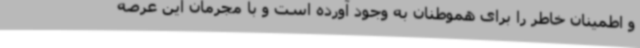
و اطمینان خاطر را برای هموطنان به وجود آورده است و با مجرمان این عرصه